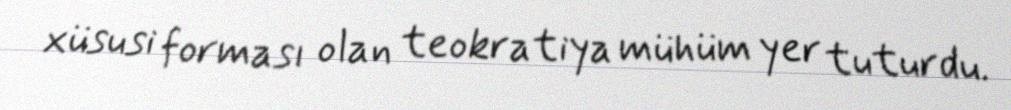
xüsusi forması olan teokratiya mühüm yer tuturdu.